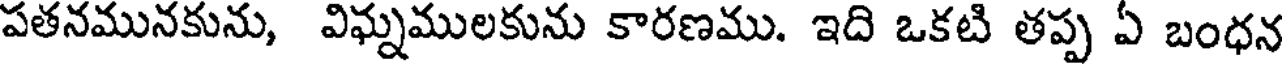
పతనమునకును, విఘ్నములకును కారణము. ఇది ఒకటి తప్ప ఏ బంధన